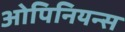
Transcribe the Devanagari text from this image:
ओपिनियन्स